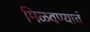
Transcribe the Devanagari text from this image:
मिळवण्याचं